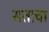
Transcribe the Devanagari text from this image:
सताचा